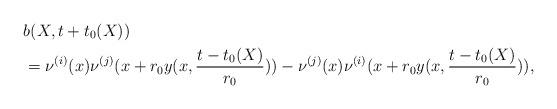
LaTeX: \begin{align*}& b(X,t+t_0(X)) \\& = \nu^{(i)} (x) \nu^{(j)}(x+ r_0 y(x, \frac{t-t_0(X)}{r_0})) -\nu^{(j)} (x) \nu^{(i)}(x+ r_0 y(x,\frac{t-t_0(X)}{r_0})) ,\end{align*}